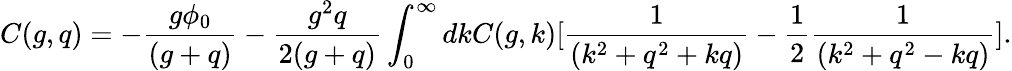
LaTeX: C(g,q)=-{\frac{g\phi_{0}}{(g+q)}}-{\frac{g^{2}q}{2(g+q)}}\int_{0}^{\infty}dkC(g,k)[{\frac{1}{(k^{2}+q^{2}+kq)}}-{\frac{1}{2}}{\frac{1}{(k^{2}+q^{2}-kq)}}].